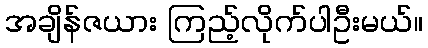
အချိန်ဇယား ကြည့်လိုက်ပါဦးမယ်။